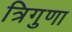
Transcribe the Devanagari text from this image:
त्रिगुणा